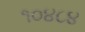
૧૦૪૮૪